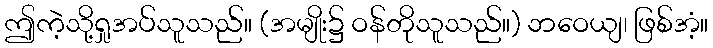
ဤကဲ့သို့ရှုအပ်သူသည်။ (အမျိုး၌ ဝန်တိုသူသည်။) ဘဝေယျ၊ ဖြစ်အံ့။